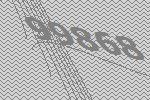
99868